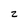
Character: z